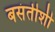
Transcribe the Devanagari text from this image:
बसंतीशी